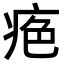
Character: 𤶋